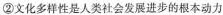
②文化多样性是人类社会发展进步的根本动力